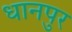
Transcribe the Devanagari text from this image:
धानपुर